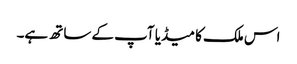
اس ملک کا میڈیا آپ کے ساتھ ہے۔